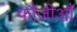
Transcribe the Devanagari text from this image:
फौजीऔ